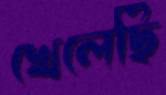
খেলেছি